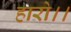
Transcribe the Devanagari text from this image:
हारो।।